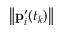
\left\| \mathbf { p } _ { i } ^ { \prime } ( t _ { k } ) \right\|